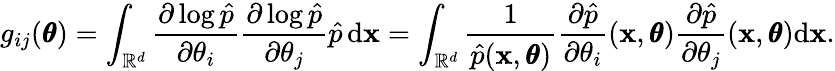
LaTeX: g_{ij}(\pmb\theta)=\int_{\mathbb{R}^{d}}\frac{\partial\log\hat{p}}{\partial\theta_{i}}\frac{\partial\log\hat{p}}{\partial\theta_{j}}\hat{p}\, \mathrm d\mathbf x=\int_{\mathbb{R}^{d}}\frac{1}{\hat{p}(\mathbf x,\pmb\theta)}\frac{\partial\hat{p}}{\partial\theta_{i}}(\mathbf x,\pmb\theta)\frac{\partial\hat{p}}{\partial\theta_{j}}(\mathbf x,\pmb\theta)\mathrm d\mathbf x.